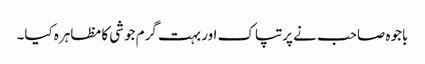
باجوہ صاحب نے پرتپاک اور بہت گرم جوشی کا مظاہرہ کیا۔